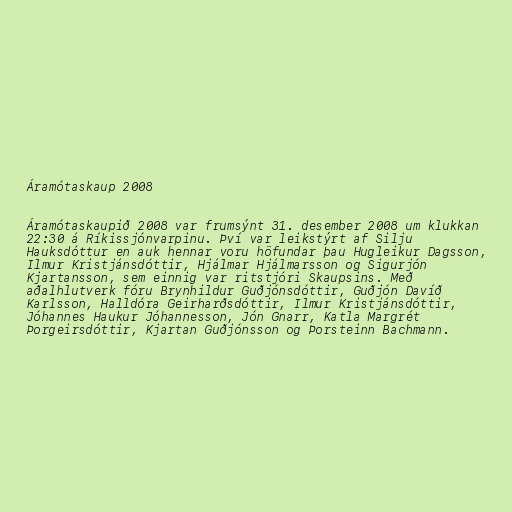
Áramótaskaup 2008

Áramótaskaupið 2008 var frumsýnt 31. desember 2008 um klukkan
22:30 á Ríkissjónvarpinu. Því var leikstýrt af Silju
Hauksdóttur en auk hennar voru höfundar þau Hugleikur Dagsson,
Ilmur Kristjánsdóttir, Hjálmar Hjálmarsson og Sigurjón
Kjartansson, sem einnig var ritstjóri Skaupsins. Með
aðalhlutverk fóru Brynhildur Guðjónsdóttir, Guðjón Davíð
Karlsson, Halldóra Geirharðsdóttir, Ilmur Kristjánsdóttir,
Jóhannes Haukur Jóhannesson, Jón Gnarr, Katla Margrét
Þorgeirsdóttir, Kjartan Guðjónsson og Þorsteinn Bachmann.